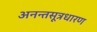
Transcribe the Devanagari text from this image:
अनन्तसूत्रधारण